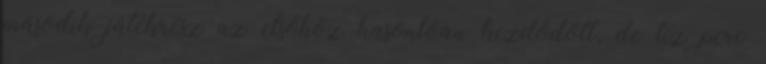
második játékrész az elsőhöz hasonlóan kezdődött, de tíz perc